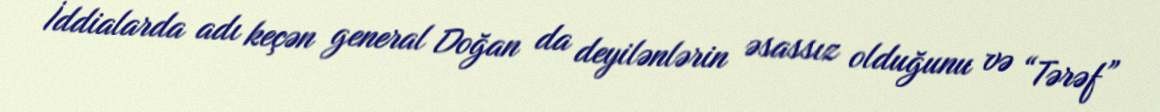
İddialarda adı keçən general Doğan da deyilənlərin əsassız olduğunu və “Tərəf”